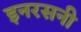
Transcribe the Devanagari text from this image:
इनरसनी